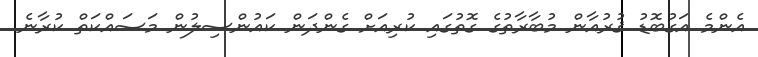
އެންމެ އަގުބޮޑު ޤުރުއާން މުބާރާތުގެ ގޮތުގައި ކުރިއަށް ގެންދަން ކައުންސިލުން މަސައްކަތް ކުރާނެ